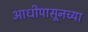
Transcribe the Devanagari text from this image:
आधीपासूनच्या